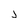
Character: J